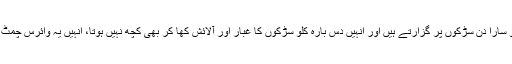
پاکستان میں لا پرواہی برتنے والے وہ نوجوان جو سارا دن سڑکوں پر گزارتے ہیں اور انہیں دس بارہ کلو سڑکوں کا غبار اور آلائش کھا کر بھی کچھ نہیں ہوتا، انہیں یہ وائرس چمٹ بھی گیا تو ان کا ایمیونیٹی سسٹم انہیں بچا لے گا۔